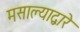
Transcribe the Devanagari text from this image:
मसाल्याद्वारे